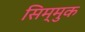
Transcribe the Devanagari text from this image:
सिम्मुक